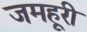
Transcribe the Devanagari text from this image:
जमहूरी